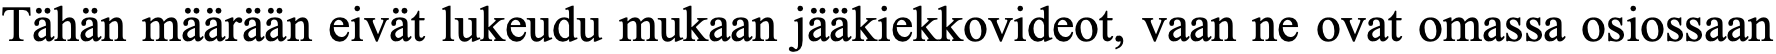
Tähän määrään eivät lukeudu mukaan jääkiekkovideot, vaan ne ovat omassa osiossaan